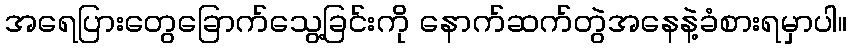
အရေပြားတွေခြောက်သွေ့ခြင်းကို နောက်ဆက်တွဲအနေနဲ့ခံစားရမှာပါ။